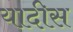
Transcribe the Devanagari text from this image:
यादीस